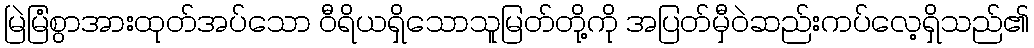
မြဲမြံစွာအားထုတ်အပ်သော ဝီရိယရှိသောသူမြတ်တို့ကို အပြတ်မှီဝဲဆည်းကပ်လေ့ရှိသည်၏